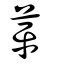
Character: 苹